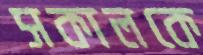
সকালকে